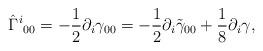
LaTeX: \begin{align*} \hat\Gamma^i{}_{00} = -\frac12 \partial_i \gamma_{00} = -\frac12 \partial_i \tilde\gamma_{00}+ \frac18 \partial_i \gamma,\end{align*}